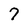
Character: 7